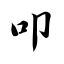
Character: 叩